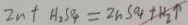
2 n + H _ { 2 } S o _ { 4 } = 2 n S _ { 4 } + H _ { 2 } \uparrow